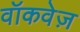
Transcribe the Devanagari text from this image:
वॉकवेज़